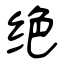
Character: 绝